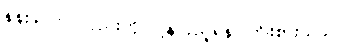
နန်းခင်က လှည်းကို ပြန်လှည့်ရန် ကြိုးစားသည်။